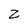
Character: Z